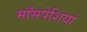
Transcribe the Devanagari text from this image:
माँसपेशियां